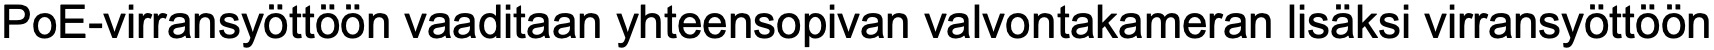
PoE-virransyöttöön vaaditaan yhteensopivan valvontakameran lisäksi virransyöttöön